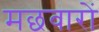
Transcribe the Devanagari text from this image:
मछवारों